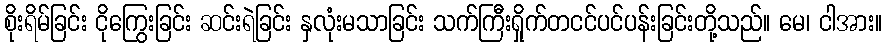
စိုးရိမ်ခြင်း ငိုကြွေးခြင်း ဆင်းရဲခြင်း နှလုံးမသာခြင်း သက်ကြီးရှိုက်တငင်ပင်ပန်းခြင်းတို့သည်။ မေ၊ ငါအား။